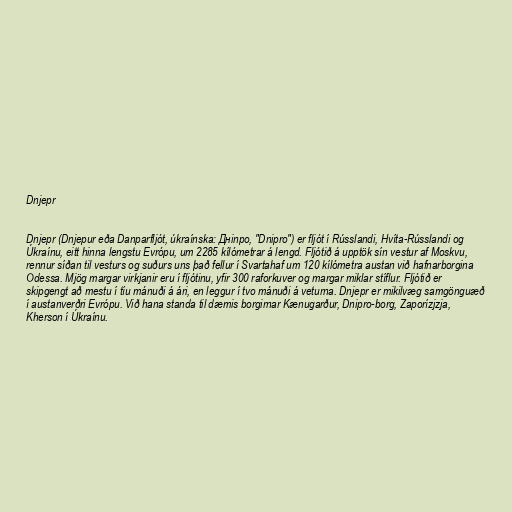
Dnjepr

Dnjepr (Dnjepur eða Danparfljót, úkraínska: Дніпро, "Dnipro") er fljót í Rússlandi, Hvíta-Rússlandi og
Úkraínu, eitt hinna lengstu Evrópu, um 2285 kílómetrar á lengd. Fljótið á upptök sín vestur af Moskvu,
rennur síðan til vesturs og suðurs uns það fellur í Svartahaf um 120 kílómetra austan við hafnarborgina
Odessa. Mjög margar virkjanir eru í fljótinu, yfir 300 raforkuver og margar miklar stíflur. Fljótið er
skipgengt að mestu í tíu mánuði á ári, en leggur í tvo mánuði á veturna. Dnjepr er mikilvæg samgönguæð
í austanverðri Evrópu. Við hana standa til dæmis borgirnar Kænugarður, Dnipro-borg, Zaporízjzja,
Kherson í Úkraínu.